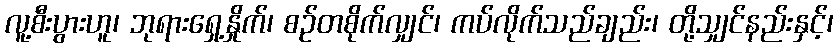
လူ့စီးပွားဟူ၊ ဘုရားရှေ့နှိုက်၊ စဉ်တစိုက်လျှင်၊ ကပ်လိုက်သည်ချည်း၊ တို့သျှင်နည်းနှင့်၊